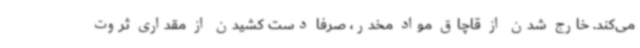
می‌کند. خارج شدن از قاچاق مواد مخدر، صرفا دست کشیدن از مقداری ثروت